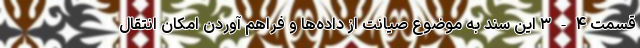
قسمت ۴-۳ این سند به موضوع صیانت از داده‌ها و فراهم آوردن امکان انتقال